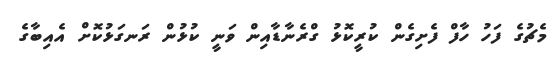
މެޗުގެ ފަހު ހާފް ފެށިގެން ކުރީކޮޅު ގްރެނާޑާއިން ވަނީ ކުޅުން ރަނގަޅުކޮށް އެއިބާގެ